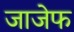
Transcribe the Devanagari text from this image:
जाजेफ